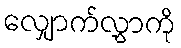
လျှောက်လွှာကို